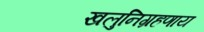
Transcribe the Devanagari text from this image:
खलुनिग्रहणाय